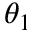
\theta _ { 1 }